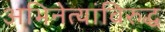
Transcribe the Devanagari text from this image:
अभिनेत्यांविरुद्ध